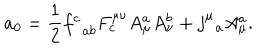
LaTeX: a _ { 0 } = \frac { 1 } { 2 } f _ { \; \; a b } ^ { c } F _ { c } ^ { \mu \nu } A _ { \mu } ^ { a } A _ { \nu } ^ { b } + j _ { \; \; a } ^ { \mu } A _ { \mu } ^ { a } .